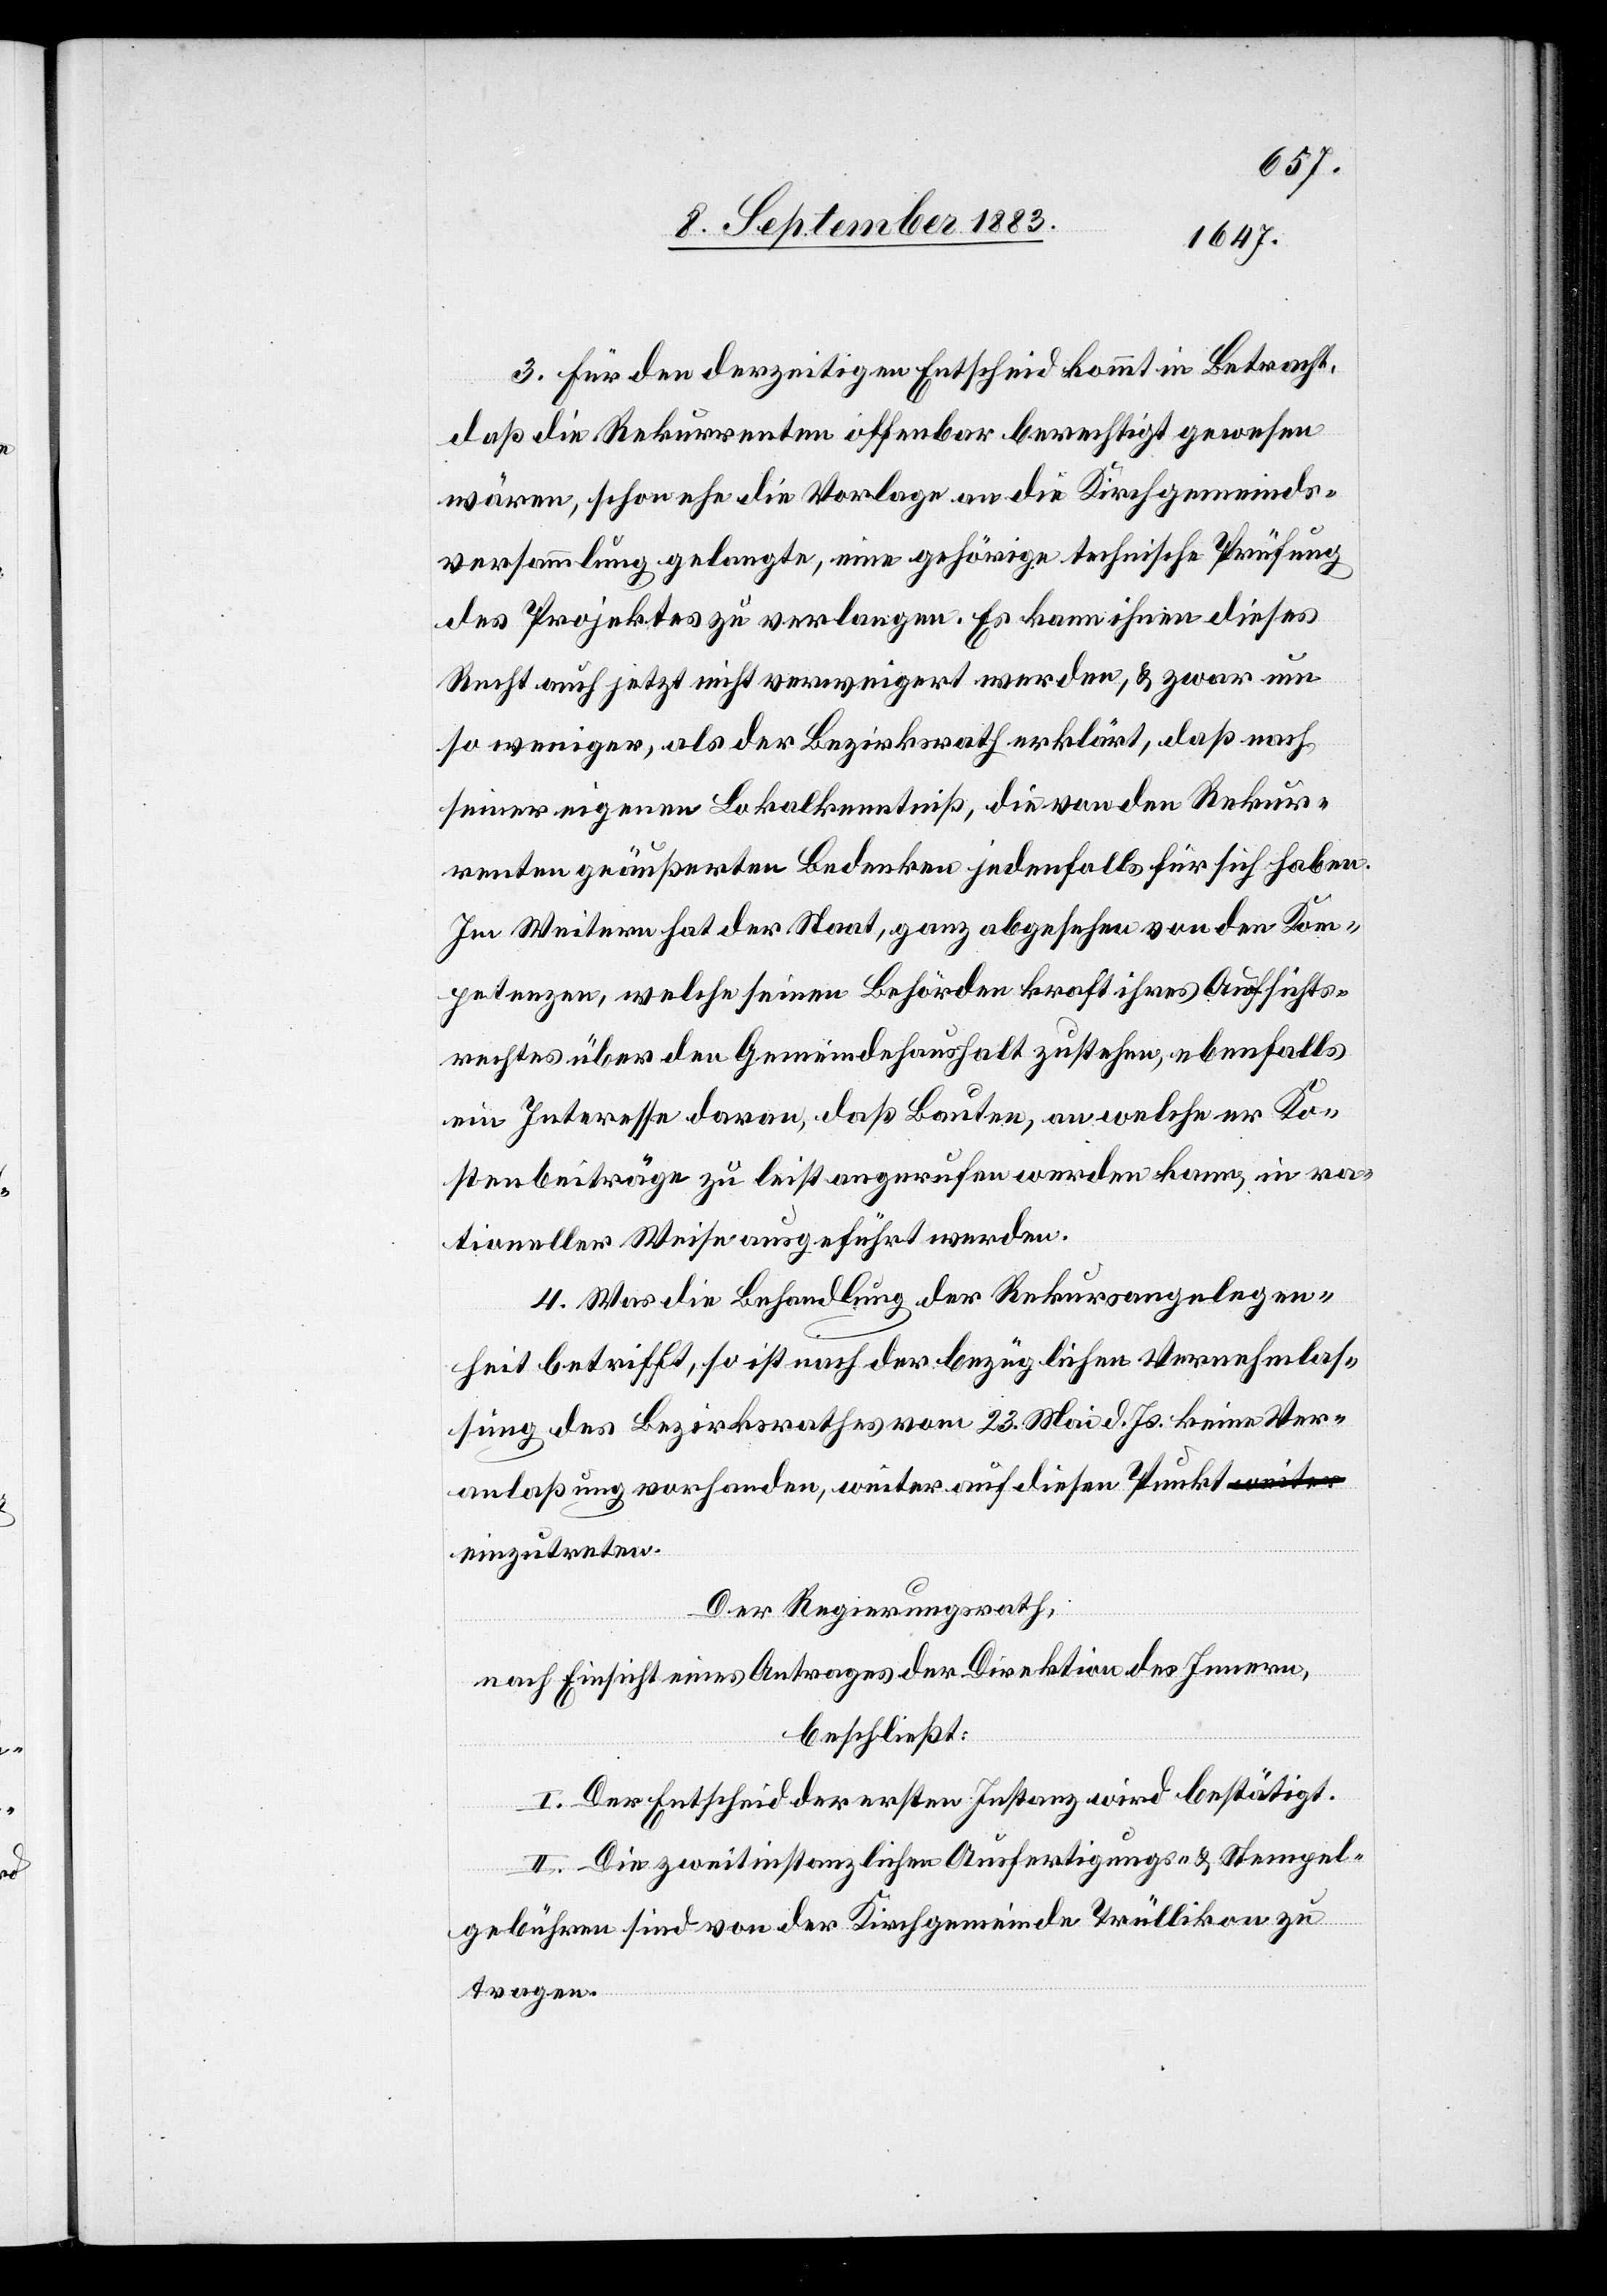
3. Für den derzeitigen Entscheid kommt in Betracht,
daß die Rekurrenten offenbar berechtigt gewesen
wären, schon ehe die Vorlage an die Kirchgemeinds¬
versammlung gelangte, eine gehörige technische Prüfung
des Projektes zu verlangen. Es kann ihnen dieses
Recht auch jetzt nicht verweigert werden, & zwar um
so weniger, als der Bezirksrath erklärt, daß nach
seiner eigenen Lokalkenntniß, die von den Rekur¬
renten geäußerten Bedenken jedenfalls für sich haben.
Im Weitern hat der Staat, ganz abgesehen von den Kom¬
petenzen, welche seinen Behörden kraft ihres Aufsichts¬
rechtes über den Gemeindehaushalt zustehen, ebenfalls
ein Interesse daran, daß Bauten, an welche er Ko¬
stenbeiträge zu leisten angerufen werden kann, in ra¬
tioneller Weise ausgeführt werden.
4. Was die Behandlung der Rekursangelegen¬
heit betrifft, so ist nach der bezüglichen Vernehmlas¬
sung des Bezirksrathes vom 23. Mai d. Js. keine Ver¬
anlaßung vorhanden, weiter auf diesen Punkt
einzutreten.
Der Regierungsrath,
nach Einsicht eines Antrages der Direktion des Innern,
beschließt:
I. Der Entscheid der ersten Instanz wird bestätigt.
II. Die zweitinstanzlichen Ausfertigungs- & Stempel¬
gebühren sind von der Kirchgemeinde Trüllikon zu
tragen.